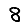
Digit: 8